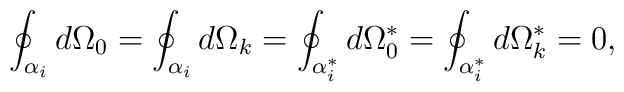
\oint_{\alpha_{i}}d\Omega_{0}= \oint_{\alpha_{i}}d\Omega_{k}=\oint_{\alpha_{i}^{*}}d\Omega^{*}_{0}=\oint_{\alpha_{i}^{*}}d\Omega_{k}^{*}=0,